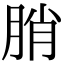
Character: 䏴